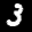
Label: 3